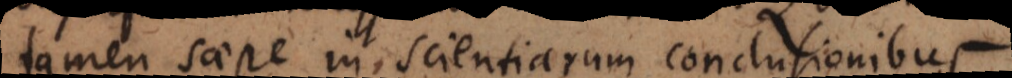
tamen saepe in scientiarum conclusionibus